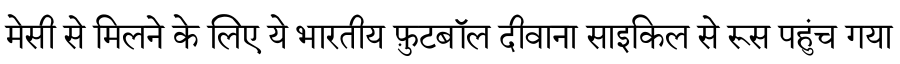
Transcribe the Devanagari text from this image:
मेसी से मिलने के लिए ये भारतीय फ़ुटबॉल दीवाना साइकिल से रूस पहुंच गया